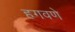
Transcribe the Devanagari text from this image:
हगवणे